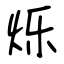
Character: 烁